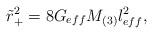
LaTeX: \begin{align*}\tilde{r}_{+}^{2}=8G_{eff}M_{(3)}l_{eff}^{2},\end{align*}